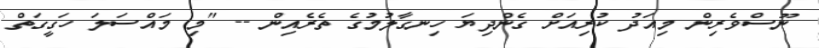
ނޫސްވެރިން މިއަދު ކުރިއަށް ގެންދިޔަ ހިނގާލުމުގެ ތެރެއިން -- "މި މައްސަލަ ހަގީގަތް